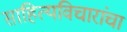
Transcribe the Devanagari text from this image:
साहित्यविचारांचा